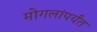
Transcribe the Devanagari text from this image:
मोगलांपर्यंत